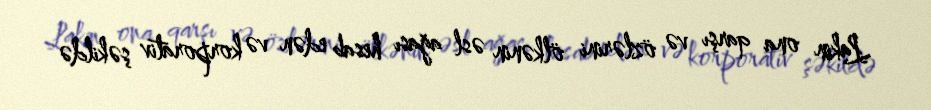
Lakin ona qarşı və özlərini ölkənin əsl ağası hesab edən və korporativ şəkildə